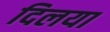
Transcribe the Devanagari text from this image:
दिलया